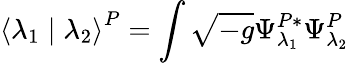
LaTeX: \left<\lambda_{1}\mid\lambda_{2}\right>^{P}=\int\sqrt{-g}\Psi_{\lambda_{1}}^{P*}\Psi_{\lambda_{2}}^{P}